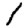
Digit: 1